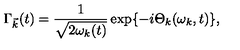
{ \Gamma } _ { \vec { k } } ( t ) = \frac { 1 } { \sqrt { 2 { \omega } _ { k } ( t ) } } \exp \{ - i { \Theta } _ { k } ( { \omega } _ { k } , t ) \} ,